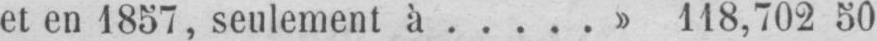
et en 1857, seulement à.....» 118,702 50